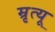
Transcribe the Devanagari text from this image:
म्रृत्यू